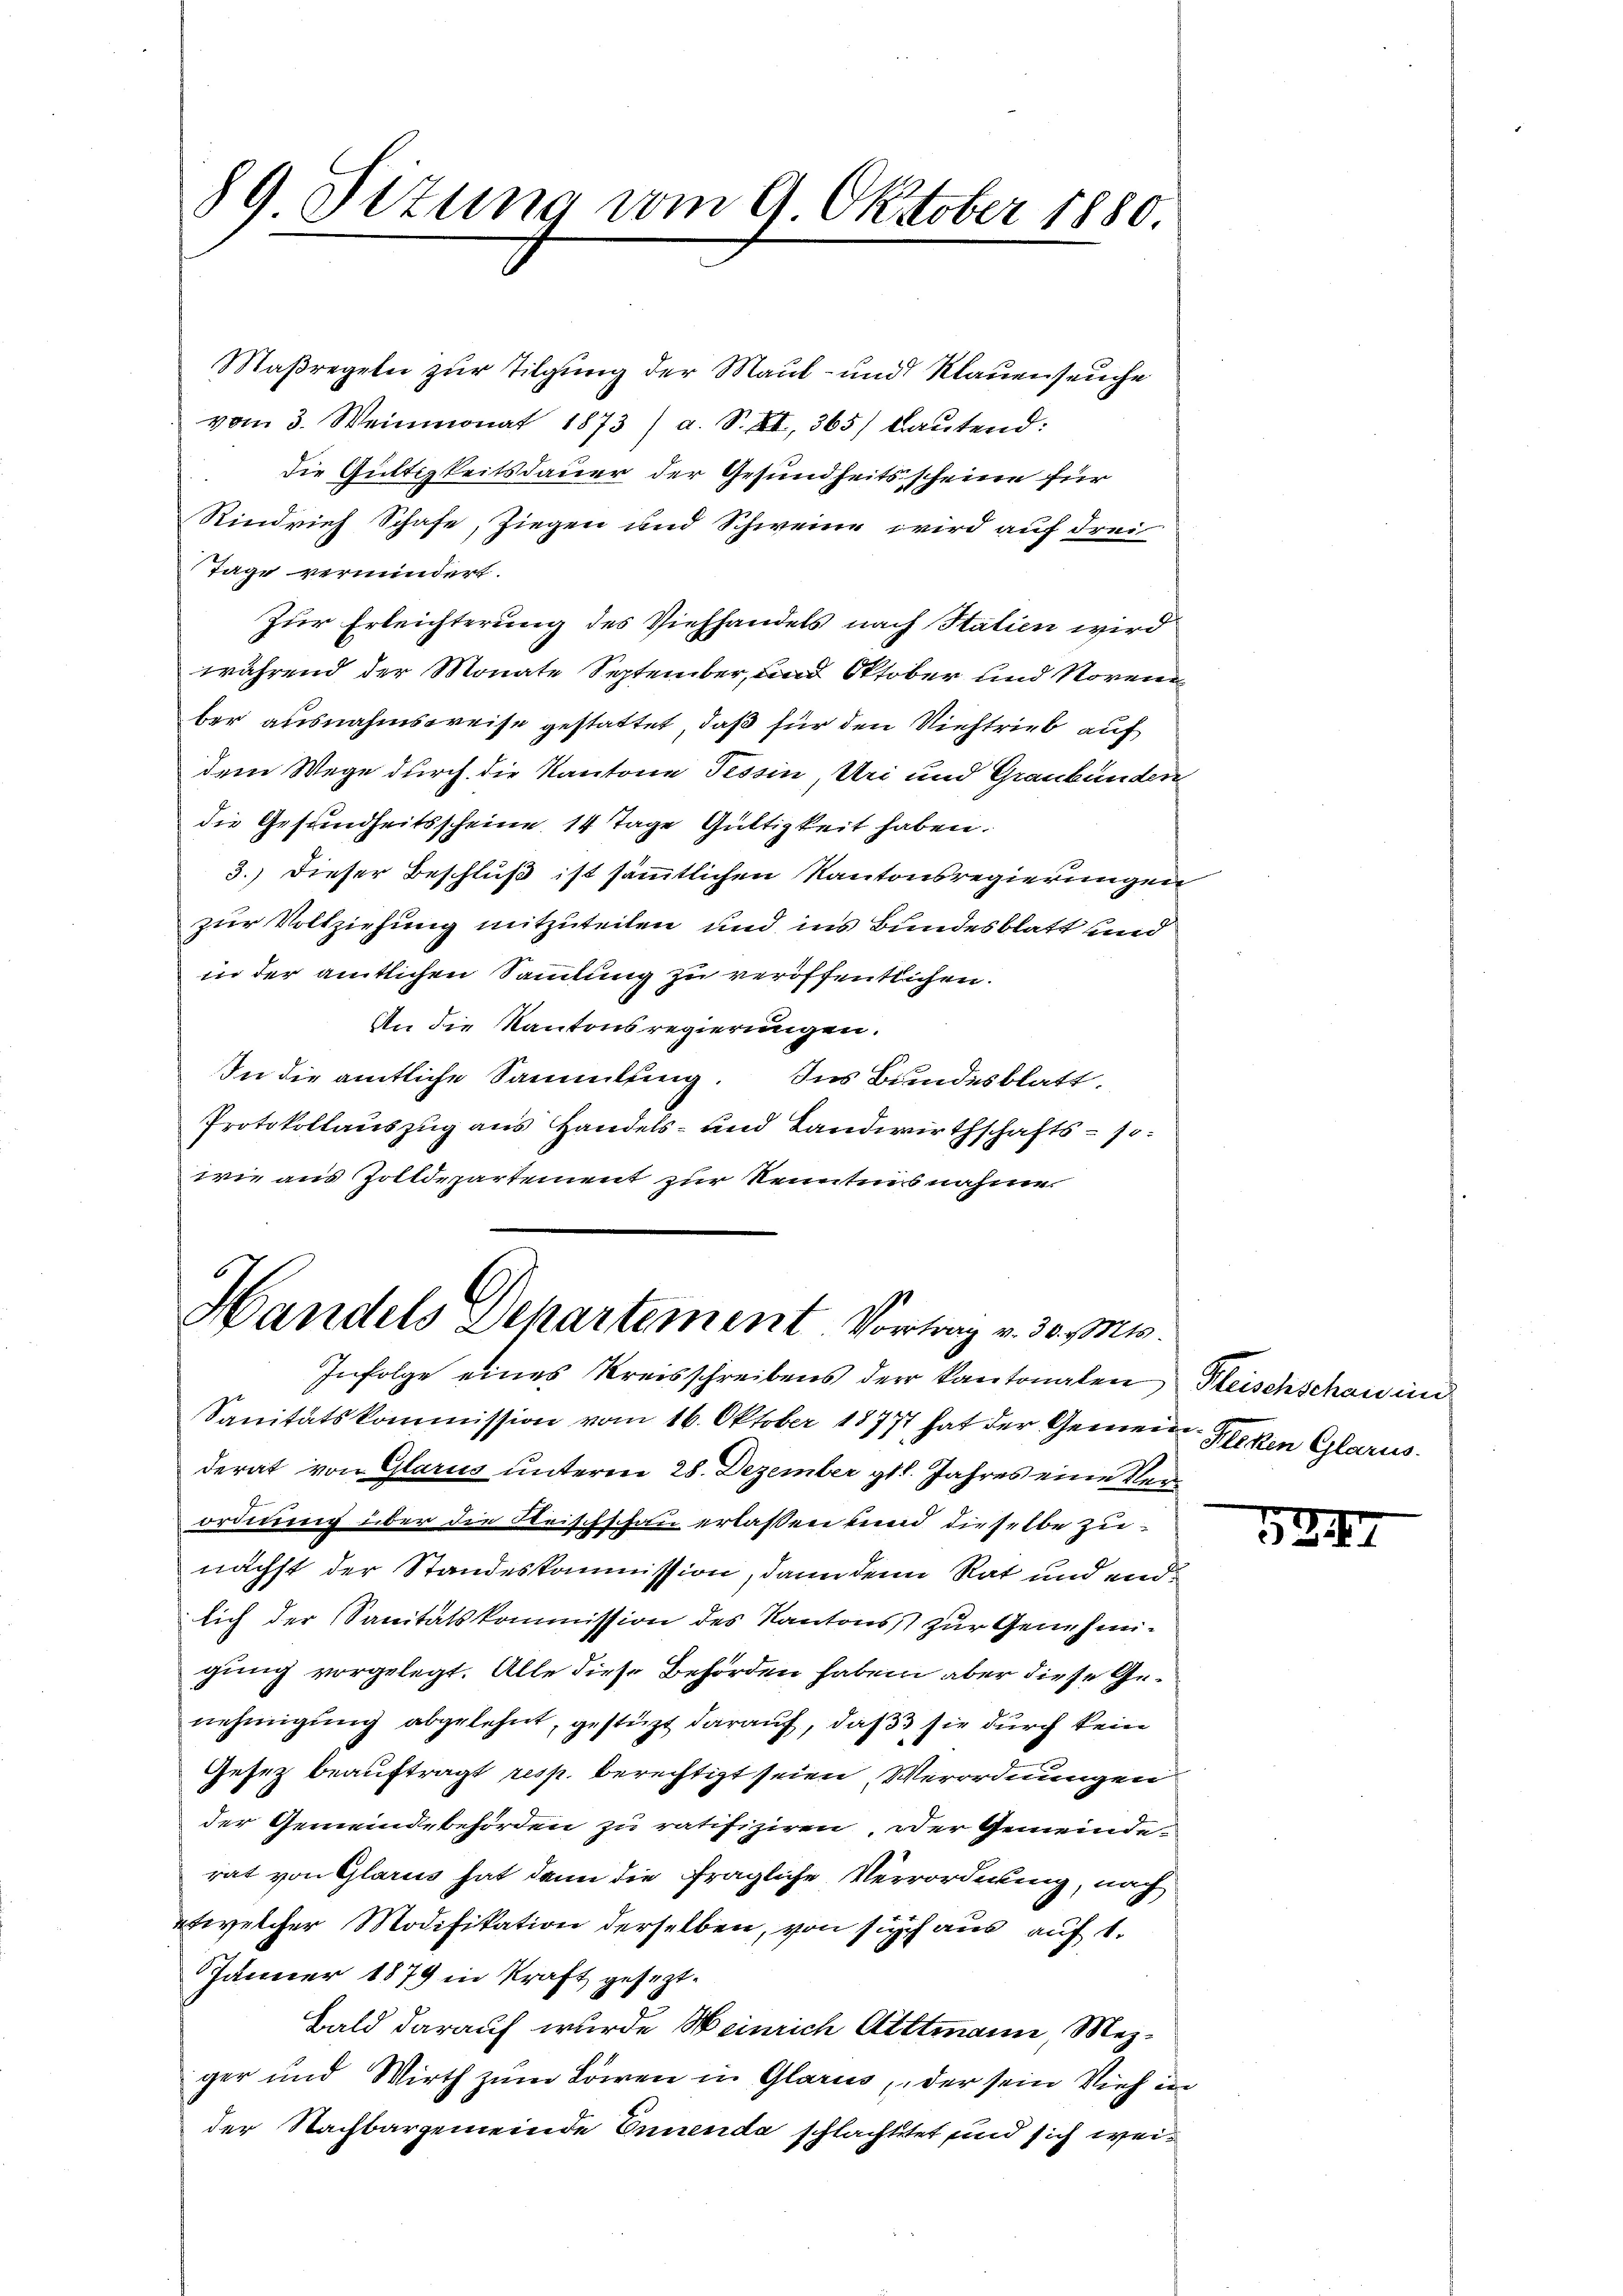
89 Sitzung vom 9. Oktober 1880.

Handels Departement. Vortrag v. 30. Mts.

Maßregeln zur Tilgung der Maul- und Klauenseuche
vom 3. Weinmonat 1873/ a. S. II., 365) bautend:
die Gültigkeitsdauer der Gesundheitsscheine für
Rindvieh Schafe, Ziegen und Schweine wird auf drei
Tage vermindert.
Zur Erleichterung des Viehhandels nach Italien wird
während der Monate September, und Oktober und Noren
ber ausnahmsweise gestattet, daß für den Niehtrieb auf
dem Wege durch die Kantone Tessin, Uri und Graubünden
die Gesundheitsscheine 14 Tage Gültigkeit haben.
3.) Dieser Beschluß ist sämmtlichen Kantonsregierungen
zur Vollziehung mitzuteilen und ins Bundesblatt und
in der amtlichen Sammlung zu veröffentlichen.
An die Kantonsregierungen.
In die amtliche Sammlung. Ins Bundesblatt.
Protokollauszug aus Handels- und Landwirthschafts- sowie aus Zolldepartement zur Kenntnis nahme.

Infolge eines Kreisschreibens der kantonalen Fleischschau ind
Sanitätskommission vom 16. Oktober 18771 hat der Gemein-Rieken Glarus
derat von Glarus unterm 28. Dezember gl. Jahres eine Verordnung über die Reischschau erlassen kund dieselbe zunächst der Standeskommission, dann denn Rat und endi
lich der Sanitätskommission des Kantons zur Genehmigung vorgelegt. Alle diese Behörden haben aber diese Genehmigung abgelehnt, gestüzt darauf, daß sie durch kein
Gesetz beauftragt resp. berechtigt seien Verordnungen
der Gemeindebehörden zu ratifiziren, oder Gemeinderat von Glarus hat dann die fragliche Verrordnung, nach
etwelcher Modifikation derselben, von sich aus auf 1.
Jänner 1879 in Kraft gesezt¬
Bald darauf wurde Meinrich Alttmann, Mezger und Wirth zum Löwen in Glarus, der sein Vieh in
der Nachbargemeinde Ennenda schlachtetet und sich wei¬

531.